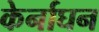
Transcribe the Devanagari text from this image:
केर्नाघन